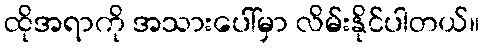
ထိုအရာကို အသားပေါ်မှာ လိမ်းနိုင်ပါတယ်။